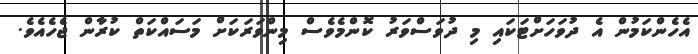
އެހެންކަމުން އެ ދުވަހަށްޓަކައި މި ދުވަސްވަރު ކޮންމެވެސް މިންވަރަކަށް މަސައްކަތް ކުރާން ޖެހެއެވެ.